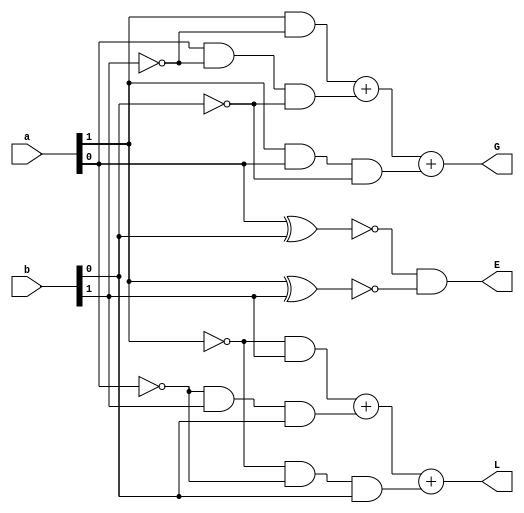
module mag_comp_4bit(a,b,L,G,E);
input [1:0] a,b;
output L,G,E;
assign L = ((~a[1])&b[1]) + ((~a[0])&b[1]&b[0]) + ((~a[1])&(~a[0])&b[0]);
assign E = (~(a[0]^ b[0])) & (~(a[1]^b[1]));
assign G = (a[1]&(~b[1])) + (a[0]&(~b[1])&(~b[0])) + (a[1]&a[0]&(~b[0]));

endmodule

///////////////////// Test Bench ////////////////////
module mag_comp_4bit_tb();
reg [1:0] a,b;
wire  L,G,E;

mag_comp_4bit m1(a,b,L,G,E);
initial
	begin
	a=2'b01;b=2'b11;
#5	a=2'b10;b=2'b01;
#5	a=2'b00;b=2'b00;
#5
$stop;
end
endmodule